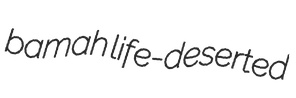
bamah life-deserted